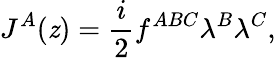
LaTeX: J^{A}(\mathit{z})=\frac{{i}}{{2}}f^{ABC}\lambda^{B}\lambda^{C},